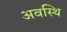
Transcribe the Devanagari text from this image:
अवस्थि